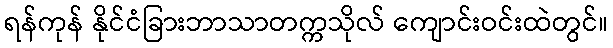
ရန်ကုန် နိုင်ငံခြားဘာသာတက္ကသိုလ် ကျောင်းဝင်းထဲတွင်။